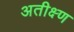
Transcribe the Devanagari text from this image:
अतीक्ष्ण